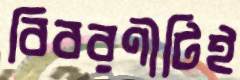
বিবরণীটিই